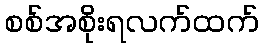
စစ်အစိုးရလက်ထက်